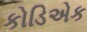
કોડિએક